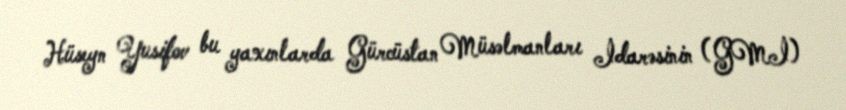
Hüseyn Yusifov bu yaxınlarda Gürcüstan Müsəlmanları İdarəsinin (GMİ)